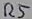
Text: R5